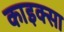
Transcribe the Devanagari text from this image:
काइक्सा